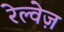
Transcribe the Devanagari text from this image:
रेल्वेज़